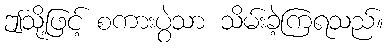
ဤသို့ဖြင့် စကားပွဲသာ သိမ်းခဲ့ကြရသည်။